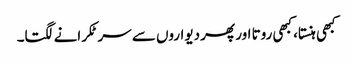
کبھی ہنستا، کبھی روتا اور پھر دیواروں سے سر ٹکرانے لگتا۔